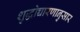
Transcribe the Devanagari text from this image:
शुद्धोच्चारणानुसार